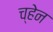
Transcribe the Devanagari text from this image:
च्हेन